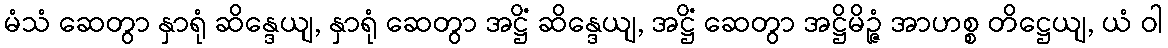
မံသံ ဆေတွာ နှာရုံ ဆိန္ဒေယျ, နှာရုံ ဆေတွာ အဋ္ဌိံ ဆိန္ဒေယျ, အဋ္ဌိံ ဆေတွာ အဋ္ဌိမိဉ္ဇံ အာဟစ္စ တိဋ္ဌေယျ, ယံ ဝါ